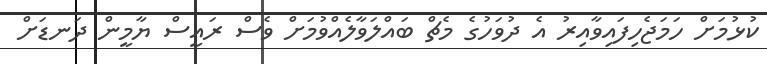
ކުޅުމަށް ހަމަޖެހިފައިވާއިރު އެ ދުވަހުގެ މެޗް ބައްލަވާލެއްވުމަށް ވެސް ރައީސް ޔާމީން ދަނޑަށް